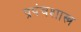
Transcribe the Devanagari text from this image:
प्रपंचशास्त्र